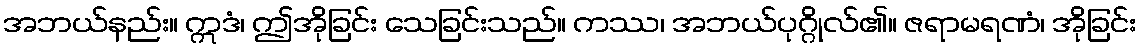
အဘယ်နည်း။ ဣဒံ၊ ဤအိုခြင်း သေခြင်းသည်။ ကဿ၊ အဘယ်ပုဂ္ဂိုလ်၏။ ဇရာမရဏံ၊ အိုခြင်း